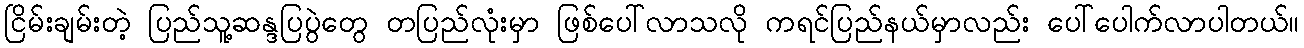
ငြိမ်းချမ်းတဲ့ ပြည်သူ့ဆန္ဒပြပွဲတွေ တပြည်လုံးမှာ ဖြစ်ပေါ်လာသလို ကရင်ပြည်နယ်မှာလည်း ပေါ်ပေါက်လာပါတယ်။